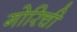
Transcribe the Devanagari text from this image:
गोरिची